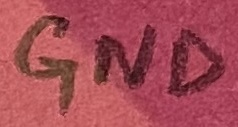
Text: GND